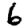
Digit: 6